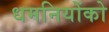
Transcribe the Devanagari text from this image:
धमनियोंको